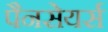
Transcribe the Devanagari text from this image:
पैनसेयर्स